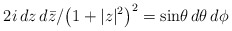
\begin{align*}2i \, dz \, d\bar{z}/ {\left( 1 + |z|^2 \right)^2} = \sin \! \theta \, d\theta \, d\phi\end{align*}